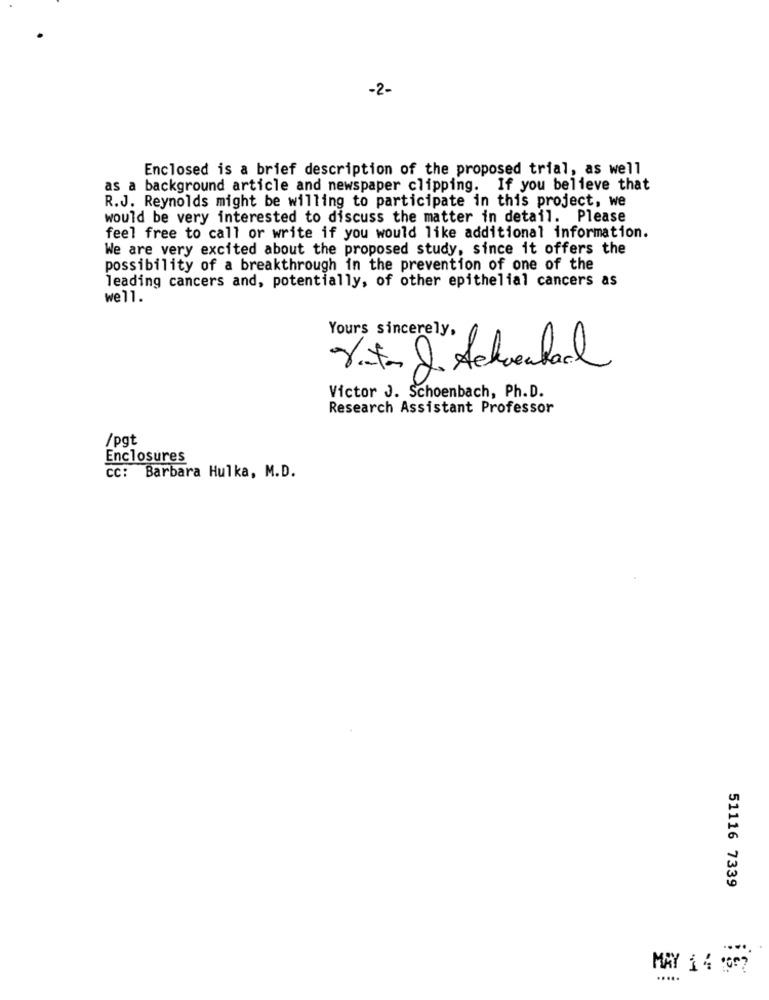
-2-
Enclosed is a brief description of the proposed trial, as well
as a background article and newspaper clipping. If you believe that
R.J. Reynolds might be willing to participate in this project, we
would be very interested to discuss the matter in detail. Please
feel free to call or write if you would like additional information.
We are very excited about the proposed study, since it offers the
possibility of a breakthrough in the prevention of one of the
leading cancers and, potentially, of other epithelial cancers as
well.
Yours sincerely,
rt J Achental
Victor J. Schoenbach, Ph.D.
Research Assistant Professor
/pgt
Enclosures
CC: Barbara Hulka, M.D.
51116 7339
MAY 1 4 :007
.....